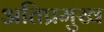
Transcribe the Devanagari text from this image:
अतिप्रमुख